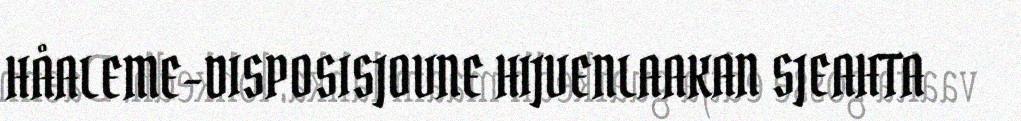
HÅALEME-DISPOSISJOVNE HIJVENLAAKAN SJEAHTA